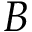
B